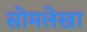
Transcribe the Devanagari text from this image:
सोमलेखा